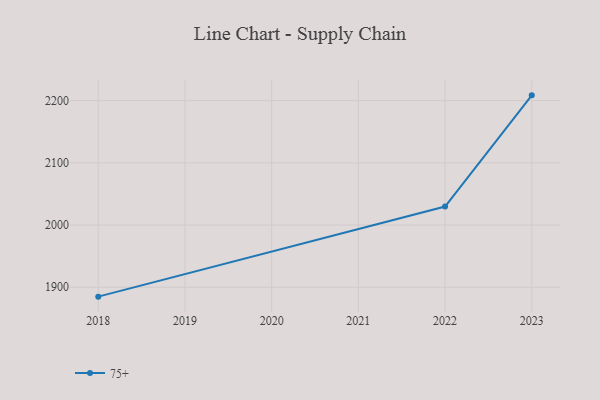
{"axis": {"x": "Year", "y": "Humidity (%)"}, "legend": ["75+"], "data": [{"x": "2018", "y": 1884.9, "type": "75+"}, {"x": "2022", "y": 2029.8, "type": "75+"}, {"x": "2023", "y": 2208.5, "type": "75+"}]}